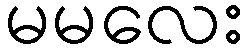
မမလေး